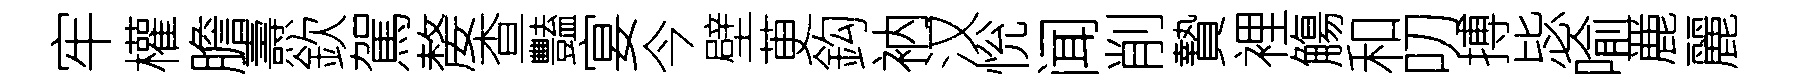
牢權膽燾欽駕嫠查豔宴今壁茰鈎衲汉恱闻削贄裡觴和叨搏毖喻䴡麗